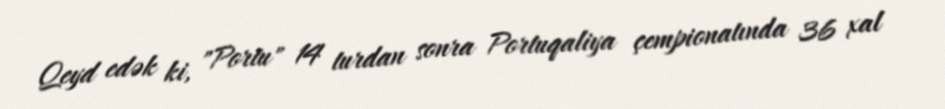
Qeyd edək ki, "Portu" 14 turdan sonra Portuqaliya çempionatında 36 xal